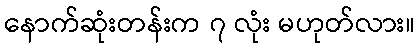
နောက်ဆုံးတန်းက ၇ လုံး မဟုတ်လား။